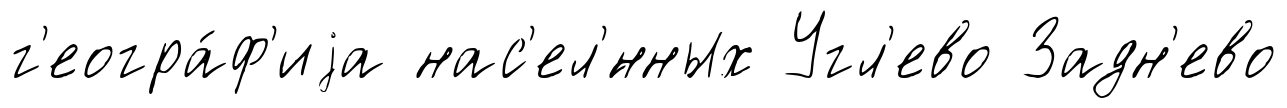
г'еогра́ф'иjа нас'ел'́нных Угл'ево Задн'ево